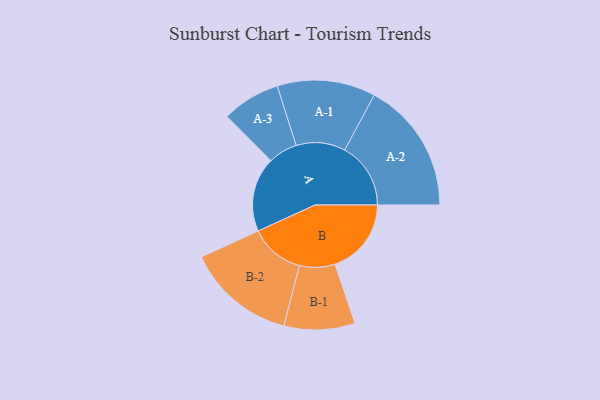
{"axis": {"x": "Segment", "y": "Value"}, "legend": ["", "A", "B"], "data": [{"x": "A", "y": 261, "type": ""}, {"x": "B", "y": 267, "type": ""}, {"x": "A-1", "y": 172, "type": "A"}, {"x": "A-2", "y": 231, "type": "A"}, {"x": "A-3", "y": 102, "type": "A"}, {"x": "B-1", "y": 124, "type": "B"}, {"x": "B-2", "y": 191, "type": "B"}]}